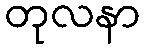
တုလနာ